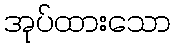
အုပ်ထားသော